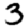
Digit: 3